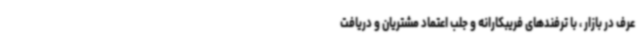
عرف در بازار ، با ترفندهای فریبکارانه و جلب اعتماد مشتریان و دریافت